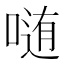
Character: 𱓬